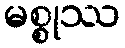
မစ္စုဿ